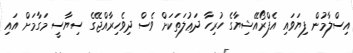
އިސްލާމުން ފިޔަވައި އެފްރޯއޭޝިޔާގެ ހުރިހާ ދަޢުލަތަކަށް ވެސް ދިވެހިރާއްޖޭގެ ސިޔާސީ މަގާމަށް އައި